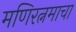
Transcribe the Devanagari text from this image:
मणिरत्नमाचा